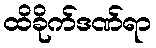
ထိခိုက်ဒဏ်ရာ